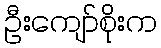
ဦးကျော်စိုးက